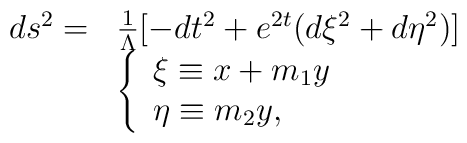
\begin{array}{ll}ds^{2}=&\frac{1}{\Lambda}[-dt^{2}+e^{2t}(d\xi^{2}+d\eta^{2})]\nonumber \\*  &\left\{  \begin{array}{l}        \xi\equiv x+m_{1}y \\        \eta\equiv m_{2}y, \end{array}\right.\end{array}